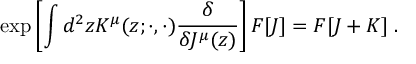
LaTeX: \exp \left[ \int d ^ { 2 } z { \cal K } ^ { \mu } ( z ; \cdot , \cdot ) \frac { \delta } { \delta J ^ { \mu } ( z ) } \right] F [ J ] = F [ J + { \cal K } ] \; .